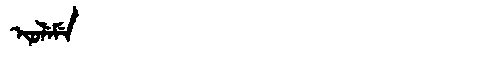
Manchu: ᡳᠣᠯᡝᠮᡝ
Romanization: IOLEME